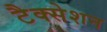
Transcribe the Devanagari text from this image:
टैक्सेशन